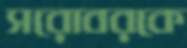
সরোবরকে